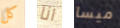
كل انا ميسا